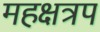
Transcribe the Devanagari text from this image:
महक्षत्रप